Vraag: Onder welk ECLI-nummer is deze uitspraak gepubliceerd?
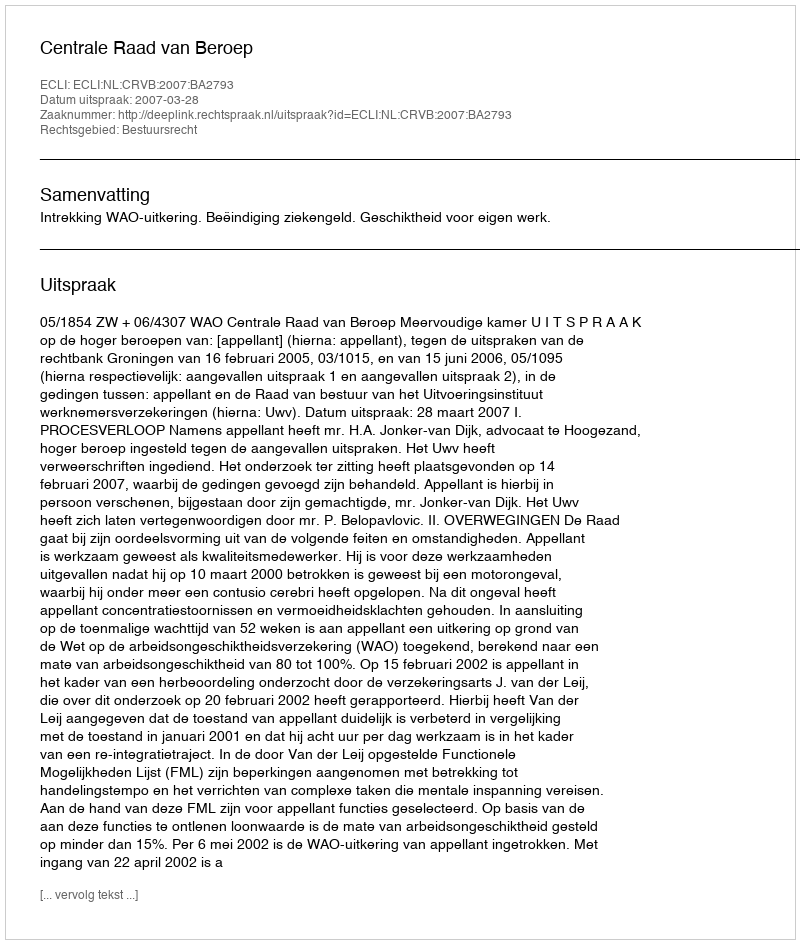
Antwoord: ECLI:NL:CRVB:2007:BA2793